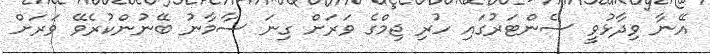
އޭނާ ވިދާޅުވީ ސެންޓަރުގައި ހުރި ޖިމްގެ ވަރަށް ގިނަ ސާމާނު ބޭނުންކުރެވޭ ވަރަށް